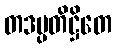
တဒပ္ပတိဋ္ဌိတေ